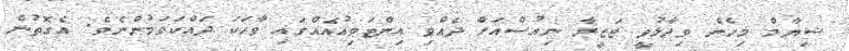
ޝިޔާމް މިހެން ވިދާޅުވީ ޖަޒީރާ ނިއުސްއަށް ދެއްވި އިންޓަވިއުއެއްގައި ވާހަކަ ދައްކަވަމުންނެވެ. އެގޮތުން